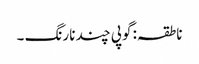
ناطقہ: گوپی چند نارنگ ۔